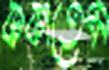
ককাতেম